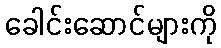
ခေါင်းဆောင်များကို